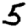
Digit: 5